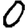
Digit: 0